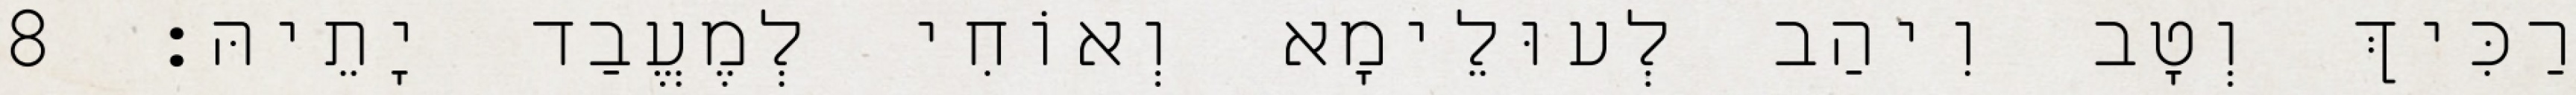
רַכִּיךְ וְטָב וִיהַב לְעוּלֵימָא וְאוֹחִי לְמֶעֱבַד יָתֵיהּ׃ 8